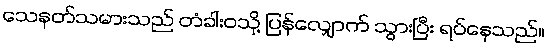
သေနတ်သမားသည် တံခါးဝသို့ ပြန်လျှောက် သွားပြီး ရပ်နေသည်။